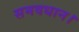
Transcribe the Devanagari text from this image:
समवधान।